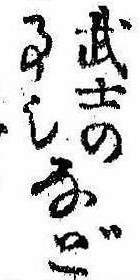
武士の事也など